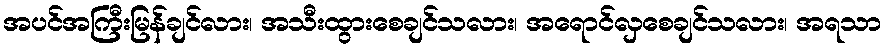
အပင်အကြီးမြန်ချင်လား၊ အသီးထွားစေချင်သလား၊ အရောင်လှစေချင်သလား၊ အရသာ